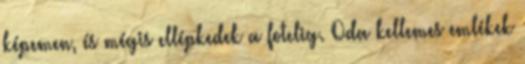
képemen, és mégis ellépkedek a fotelig. Oda kellemes emlékek